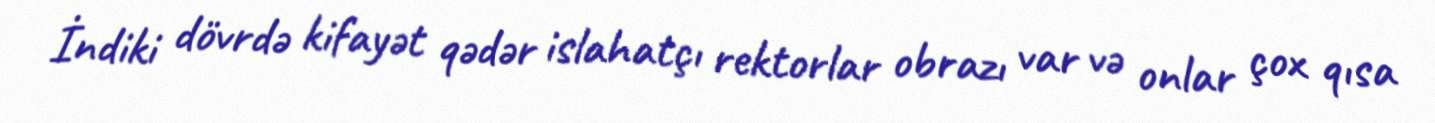
İndiki dövrdə kifayət qədər islahatçı rektorlar obrazı var və onlar çox qısa